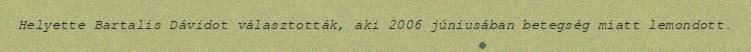
Helyette Bartalis Dávidot választották, aki 2006 júniusában betegség miatt lemondott.